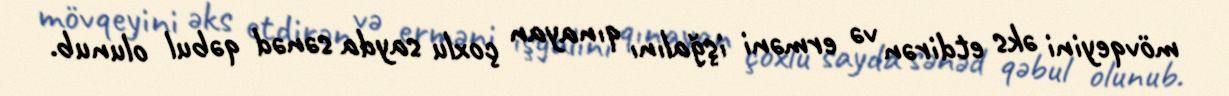
mövqeyini əks etdirən və erməni işğalını qınayan çoxlu sayda sənəd qəbul olunub.